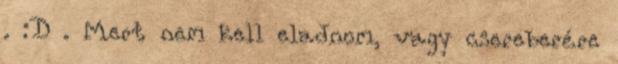
. :D . Mert nem kell eladnom, vagy csereberére